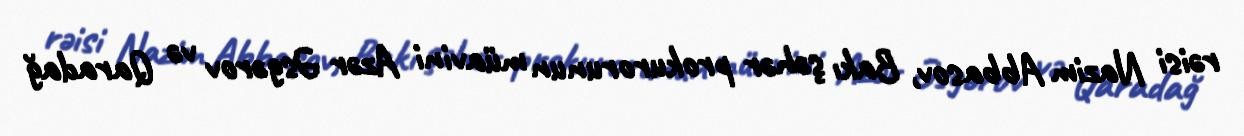
rəisi Nazim Abbasov, Bakı şəhər prokurorunun müavini Azər Əsgərov və Qaradağ